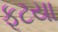
ફૂટયા